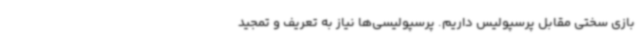
بازی سختی مقابل پرسپولیس داریم. پرسپولیسی‌ها نیاز به تعریف و تمجید